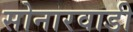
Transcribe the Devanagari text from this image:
सोनारवाडी